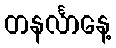
တနင်္လာနေ့